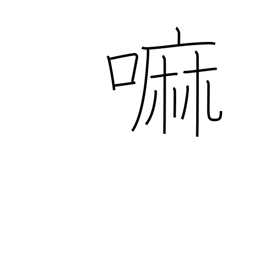
Meaning: wheat